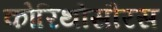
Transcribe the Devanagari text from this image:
कोरिथोसौरस